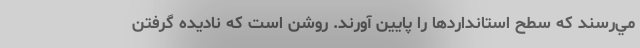
مي‌رسند كه سطح استانداردها را پايين آورند. روشن است كه ناديده گرفتن